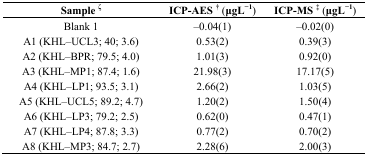
<table><thead><tr><td><b>Sample <sup>ζ</sup></b></td><td><b>ICP-AES <sup>†</sup> (μgL<sup>−1</sup>)</b></td><td><b>ICP-MS <sup>‡</sup> (μgL<sup>−1</sup>)</b></td></tr></thead><tbody><tr><td>Blank 1</td><td>–0.04(1)</td><td>–0.02(0)</td></tr><tr><td>A1 (KHL–UCL3; 40; 3.6)</td><td>0.53(2)</td><td>0.39(3)</td></tr><tr><td>A2 (KHL–BPR; 79.5; 4.0)</td><td>1.01(3)</td><td>0.92(0)</td></tr><tr><td>A3 (KHL–MP1; 87.4; 1.6)</td><td>21.98(3)</td><td>17.17(5)</td></tr><tr><td>A4 (KHL–LP1; 93.5; 3.1)</td><td>2.66(2)</td><td>1.03(5)</td></tr><tr><td>A5 (KHL–UCL5; 89.2; 4.7)</td><td>1.20(2)</td><td>1.50(4)</td></tr><tr><td>A6 (KHL–LP3; 79.2; 2.5)</td><td>0.62(0)</td><td>0.47(1)</td></tr><tr><td>A7 (KHL–LP4; 87.8; 3.3)</td><td>0.77(2)</td><td>0.70(2)</td></tr><tr><td>A8 (KHL–MP3; 84.7; 2.7)</td><td>2.28(6)</td><td>2.00(3)</td></tr></tbody></table>